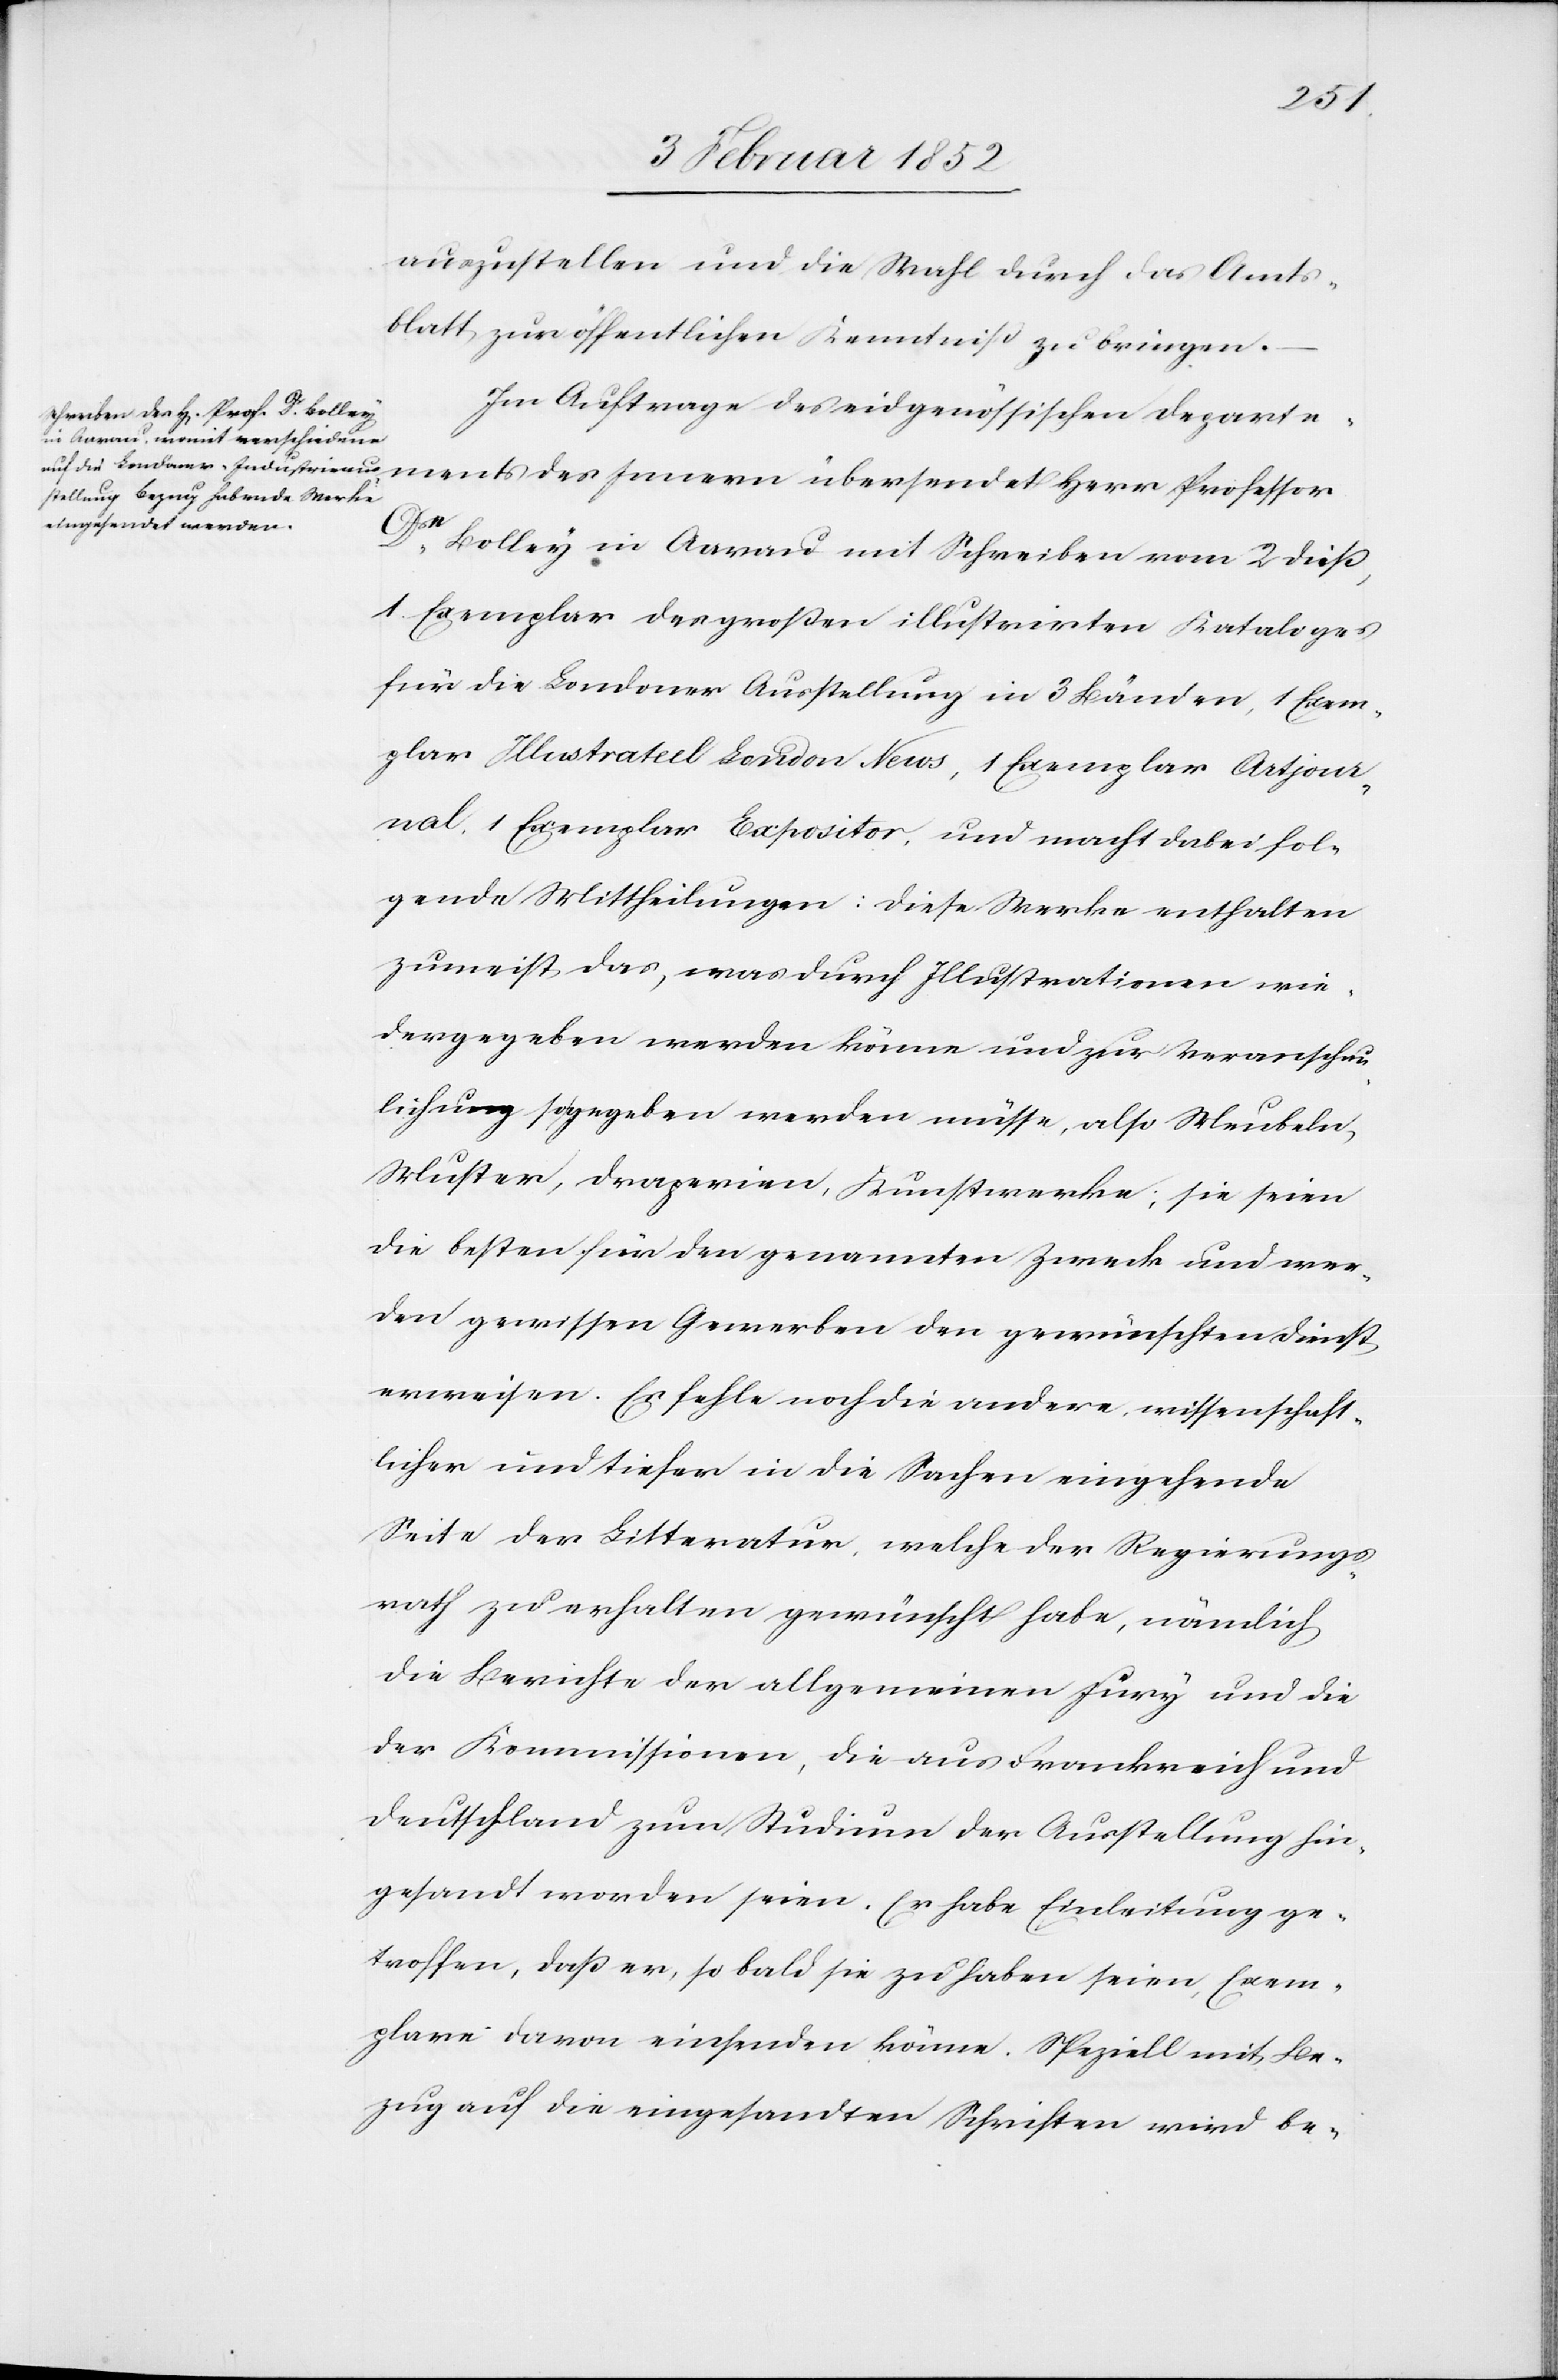
auszustellen und die Wahl durch das Amts¬
blatt zur öffentlichen Kenntniß zu bringen.
Im Auftrage des eidgenössischen Departe¬
ments des Innern übersendet Herr Professor
Dr
Bolley in Aarau mit Schreiben vom 2 dieß,
1 Exemplar des großen illustrirten Kataloges
für die Londoner Ausstellung in 3 Bänden, 1 Exem¬
plar Illustrated London News, 1 Exemplar Artjour¬
nal, 1 Exemplar Expositor, und macht dabei fol¬
gende Mittheilungen: Diese Werke enthalten
zumeist das, was durch Illustrationen wie¬
dergegeben werden könne und zur Veranschau¬
lichung so gegeben werden müsse, also Meubeln,
Muster, Draperien, Kunstwerke; sie seien
die besten für den genannten Zweck und wer¬
den gewissen Gewerben den gewünschten Dienst
erweisen. Es fehle noch die andere, wissenschaft¬
licher und tiefer in die Sachen eingehende
Seite der Litteratur, welche der Regierungs¬
rath zu erhalten gewünscht habe, nämlich
die Berichte der allgemeinen Jury und die
der Kommissionen, die aus Frankreich und
Deutschland zum Studium der Ausstellung hin¬
gesandt worden seien. Er habe Einleitung ge¬
troffen, daß er, so bald sie zu haben seien, Exem¬
plare davon einsenden könne. Speziell mit Be¬
zug auf die eingesandten Schriften wird be-